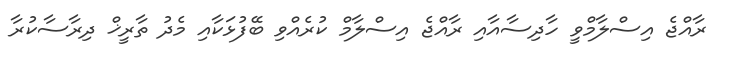
ރާއްޖެ އިސްލާމްވީ ހާދިސާއާއި ރާއްޖެ އިސްލާމް ކުރެއްވި ބޭފުޅަކާއި މެދު ތާރީޚް ދިރާސާކުރާ